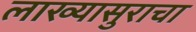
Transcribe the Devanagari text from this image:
लाख्यासुराचा